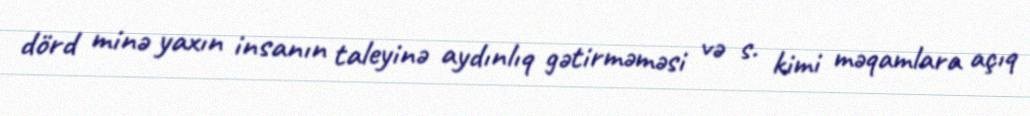
dörd minə yaxın insanın taleyinə aydınlıq gətirməməsi və s. kimi məqamlara açıq